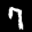
Label: 7